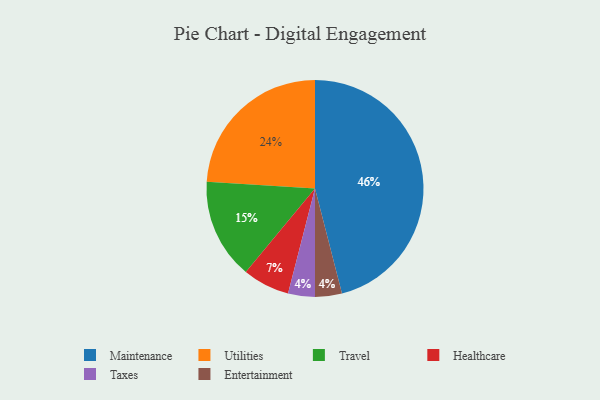
{"axis": {"x": "Category", "y": "Percentage"}, "legend": ["Entertainment", "Healthcare", "Maintenance", "Taxes", "Travel", "Utilities"], "data": [{"x": "Healthcare", "y": 7, "type": "Healthcare"}, {"x": "Utilities", "y": 24, "type": "Utilities"}, {"x": "Travel", "y": 15, "type": "Travel"}, {"x": "Taxes", "y": 4, "type": "Taxes"}, {"x": "Entertainment", "y": 4, "type": "Entertainment"}, {"x": "Maintenance", "y": 46, "type": "Maintenance"}]}